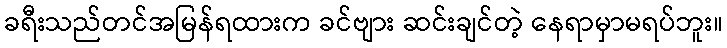
ခရီးသည်တင်အမြန်ရထားက ခင်ဗျား ဆင်းချင်တဲ့ နေရာမှာမရပ်ဘူး။